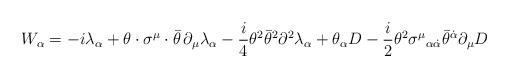
LaTeX: \begin{align*}W_\alpha=-i\lambda_\alpha+\theta\cdot\sigma^\mu\cdot\bar{\theta }\,\partial_\mu\lambda_\alpha-\frac{i}{4} \theta^2 \bar{\theta}^2\partial^2 \lambda_\alpha+\theta_\alpha D-\frac{i}{2}\theta^2\sigma^\mu{}_{\alpha\dot{\alpha}}\bar{\theta}^{\dot{\alpha}}\partial_\mu D\end{align*}